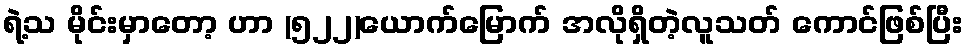
ရဲ့သ မိုင်းမှာတော့ ဟာ (၅၂၂)ယောက်မြောက် အလိုရှိတဲ့လူသတ် ကောင်ဖြစ်ပြီး